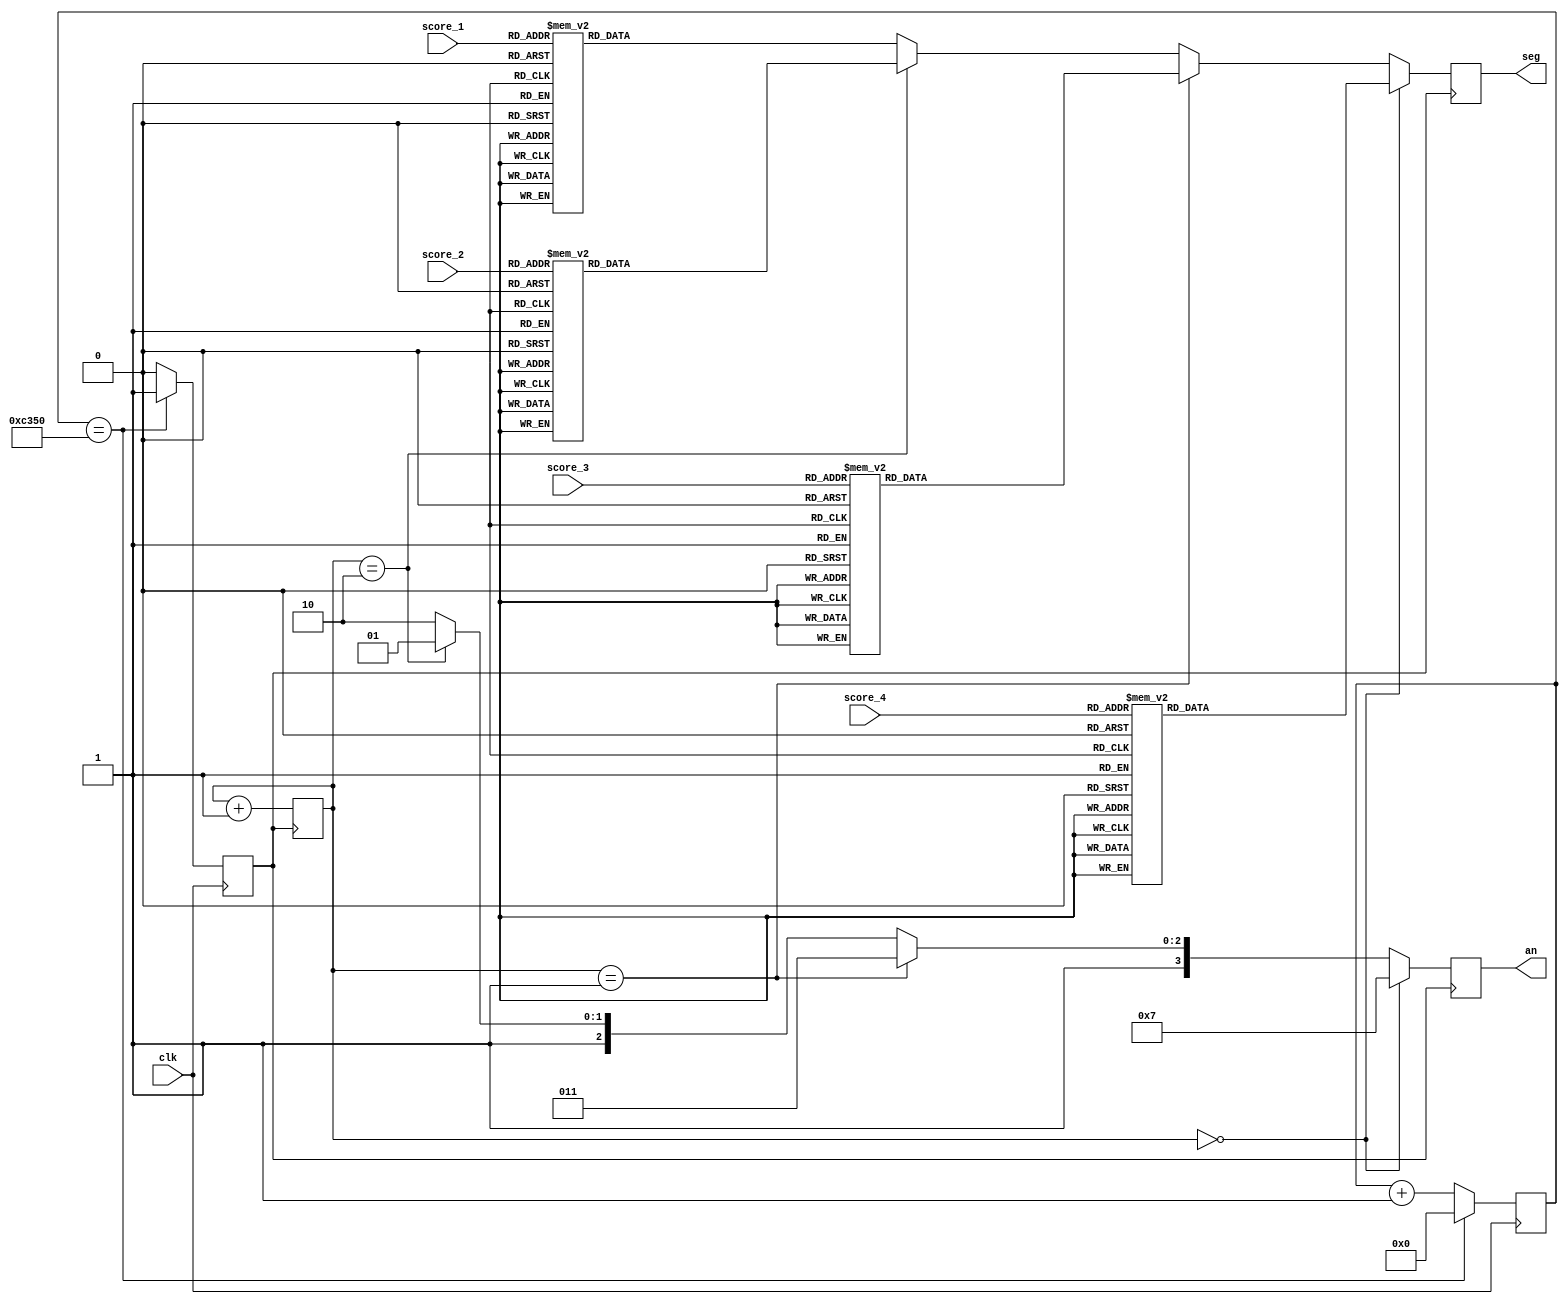
module seg_display(
    input wire       clk,
    input wire [3:0] score_1, // 1's place
    input wire [3:0] score_2, // 10's place
    input wire [3:0] score_3, // 100's place
    input wire [3:0] score_4, // 1000's place
    output reg [7:0] seg,
    output reg [3:0] an
    );

    // Divide the clock so we get a seg_clk that goes
    // at a couple hundred Hz for displaying the next digit
    reg [17:0] counter;
    reg seg_clk;
    always @ (posedge clk) begin
        if (counter == 50000) begin
            counter <= 0;
            seg_clk <= 1;
        end else begin
            counter <= counter + 1;
            seg_clk <= 0;
        end
    end

    // Which digit we are currently displaying
    reg [1:0] digit;

    initial begin
        digit = 0;
    end

    always @ (posedge seg_clk) begin
        digit <= digit + 1;
        if (digit == 0) begin
            an <= 4'b0111;
            display_digit(score_4);
        end else if (digit == 1) begin
            an <= 4'b1011;
            display_digit(score_3);
        end else if (digit == 2) begin
            an <= 4'b1101;
            display_digit(score_2);
        end else begin
            an <= 4'b1110;
            display_digit(score_1);
        end
    end

    task display_digit;
        input [3:0] d;
        begin
            case (d)
                0: seg <= 8'b0000_0011;
                1: seg <= 8'b1001_1111;
                2: seg <= 8'b0010_0101;
                3: seg <= 8'b0000_1101;
                4: seg <= 8'b1001_1001;
                5: seg <= 8'b0100_1001;
                6: seg <= 8'b0100_0001;
                7: seg <= 8'b0001_1111;
                8: seg <= 8'b0000_0001;
                9: seg <= 8'b0000_1001;
                default: seg <= 8'b1111_1111;
            endcase
        end
    endtask

endmodule